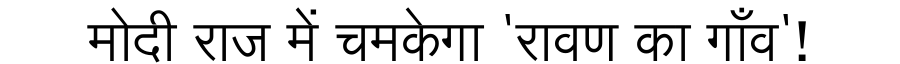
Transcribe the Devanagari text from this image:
मोदी राज में चमकेगा 'रावण का गाँव'!